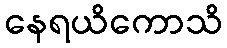
နေရယိကောသိ